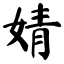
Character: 婧